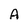
Character: A